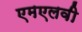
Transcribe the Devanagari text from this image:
एमएलवी